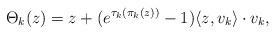
LaTeX: \begin{align*}\Theta_{k}(z)= z + (e^{\tau_k(\pi_k(z))}-1)\langle z,v_k\rangle\cdot v_k, \end{align*}